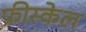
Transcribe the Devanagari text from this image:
फ्रीस्केल